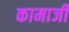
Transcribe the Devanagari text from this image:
कामाजी